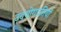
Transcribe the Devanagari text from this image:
उदयोगपतियों